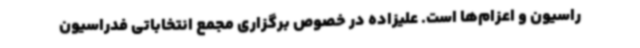
راسیون و اعزام‌ها است. علیزاده در خصوص برگزاری مجمع انتخاباتی فدراسیون